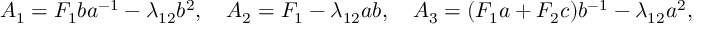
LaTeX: A _ { 1 } = F _ { 1 } b a ^ { - 1 } - \lambda _ { 1 2 } b ^ { 2 } , \quad A _ { 2 } = F _ { 1 } - \lambda _ { 1 2 } a b , \quad A _ { 3 } = ( F _ { 1 } a + F _ { 2 } c ) b ^ { - 1 } - \lambda _ { 1 2 } a ^ { 2 } ,